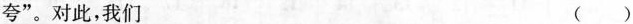
夸”。对此，我们 ()